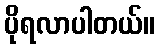
ပိုရလာပါတယ်။